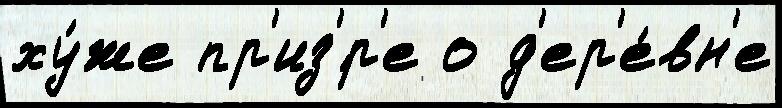
ху́же пр'из'́р'е о д'ер'е́вн'е